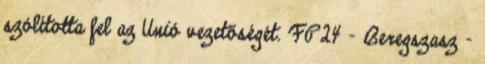
szólította fel az Unió vezetőségét. FP24 - Beregszasz -